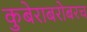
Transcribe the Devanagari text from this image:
कुबेराबरोबरच